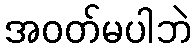
အဝတ်မပါဘဲ